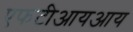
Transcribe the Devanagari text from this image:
एफटीआयआय